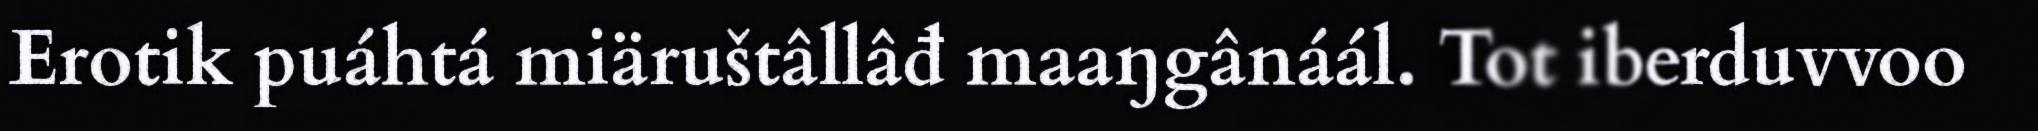
Erotik puáhtá miäruštâllâđ maaŋgânáál. Tot iberduvvoo